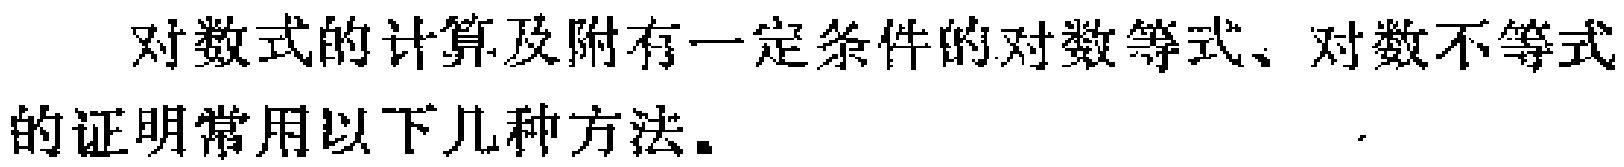
对数式的计算及附有一定条件的对数等式、对数不等式的证明常用以下几种方法。